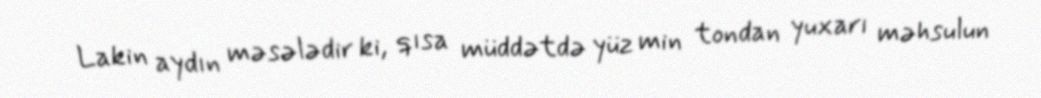
Lakin aydın məsələdir ki, qısa müddətdə yüz min tondan yuxarı məhsulun